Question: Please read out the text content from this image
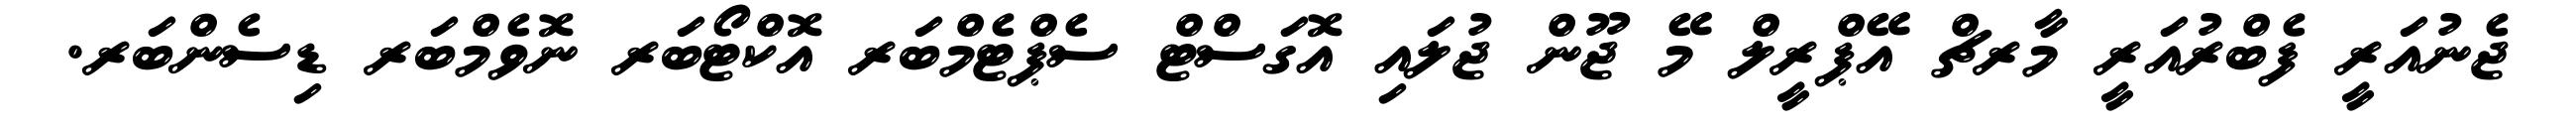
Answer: ޖެނުއަރީ ފެބްރުއަރީ މާރޗް އޭޕްރީލް މޭ ޖޫން ޖުލައި އޮގަސްޓް ސެޕްޓެމްބަރ އޮކްޓޯބަރ ނޮވެމްބަރ ޑިސެންބަރ.